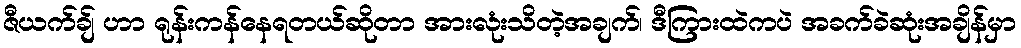
ဇီယက်ချ် ဟာ ရုန်းကန်နေရတယ်ဆိုတာ အားလုံးသိတဲ့အချက်၊ ဒီကြားထဲကပဲ အခက်ခဲဆုံးအချိန်မှာ